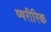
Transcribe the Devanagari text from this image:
ष्षरीरिक